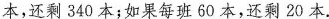
本，还剩340本；如果每班60本，还剩20本.